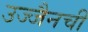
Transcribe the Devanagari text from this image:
उज्जैनची